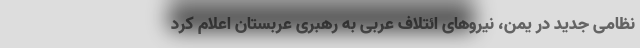
نظامی جدید در یمن، نیروهای ائتلاف عربی به رهبری عربستان اعلام کرد